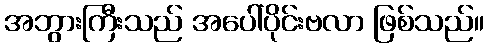
အဘွားကြီးသည် အပေါ်ပိုင်းဗလာ ဖြစ်သည်။